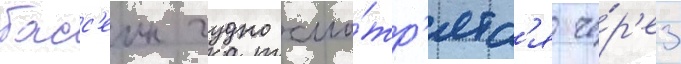
басс'еин чудно смо́тр'ятс'я че́р'ез